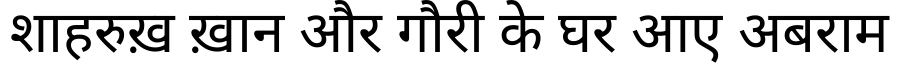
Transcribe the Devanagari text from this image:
शाहरुख़ ख़ान और गौरी के घर आए अबराम